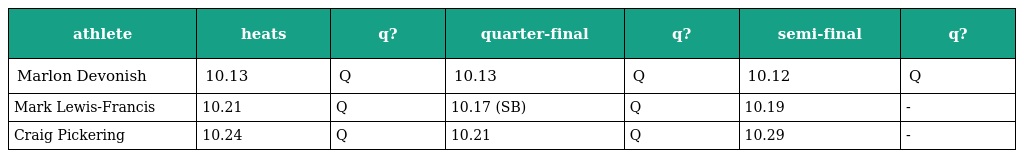
| athlete | heats | q? | quarter-final | q? | semi-final | q? |
 | --- | --- | --- | --- | --- | --- | --- |
 | Marlon Devonish | 10.13 | Q | 10.13 | Q | 10.12 | Q |
 | Mark Lewis-Francis | 10.21 | Q | 10.17 (SB) | Q | 10.19 | - |
 | Craig Pickering | 10.24 | Q | 10.21 | Q | 10.29 | - |